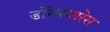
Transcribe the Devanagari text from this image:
डोंगरधारेस